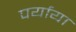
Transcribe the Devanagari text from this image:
पर्याया